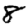
Digit: 8